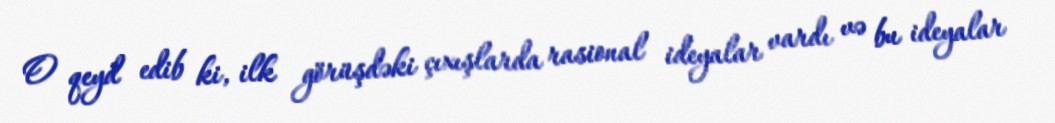
O qeyd edib ki, ilk görüşdəki çıxışlarda rasional ideyalar vardı və bu ideyalar